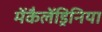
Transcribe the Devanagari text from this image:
मेंकैलेंड्रिनिया